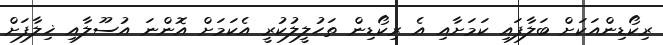
ރިކޯޑިންއަކަށް ބަލާފައި ކަމަށާއި އެ ރިކޯޑިން ތަހުލީލުކުރީ އެކަމަށް އޮންނަ އުސޫލާއި ޚިލާފަށް